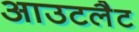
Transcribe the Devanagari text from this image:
आउटलैट